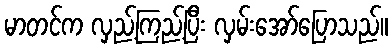
မာတင်က လှည့်ကြည့်ပြီး လှမ်းအော်ပြောသည်။